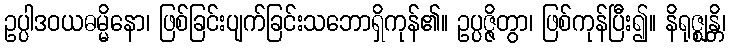
ဥပ္ပါဒဝယဓမ္မိနော၊ ဖြစ်ခြင်းပျက်ခြင်းသဘောရှိကုန်၏။ ဥပ္ပဇ္ဇိတွာ၊ ဖြစ်ကုန်ပြီး၍။ နိရုဇ္ဈန္တိ၊